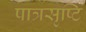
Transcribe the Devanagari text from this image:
पात्रसृष्टि